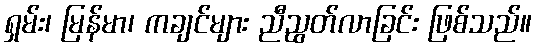
ရှမ်း၊ မြန်မာ၊ ကချင်များ ညီညွတ်လာခြင်း ဖြစ်သည်။